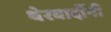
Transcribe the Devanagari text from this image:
थेरवादींनी